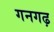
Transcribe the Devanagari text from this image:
गनगढ़